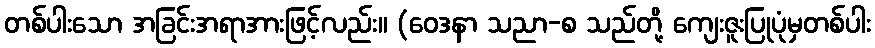
တစ်ပါးသော အခြင်းအရာအားဖြင့်လည်း။ (ဝေဒနာ သညာ-စ သည်တို့ ကျေးဇူးပြုပုံမှတစ်ပါး